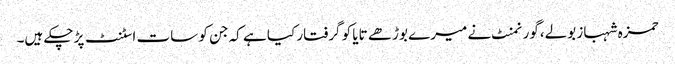
حمزہ شہباز بولے،گورنمنٹ نے میرے بوڑھے تایا کو گرفتار کیا ہے کہ جن کو سات اسٹنٹ پڑ چکے ہیں۔